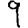
Digit: 9